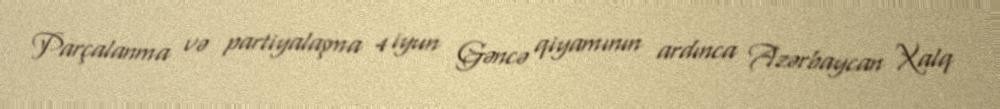
Parçalanma və partiyalaşma 4 iyun Gəncə qiyamının ardınca Azərbaycan Xalq